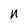
Character: n